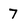
Character: 7